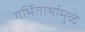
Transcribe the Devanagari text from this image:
गर्भितार्थामुळे